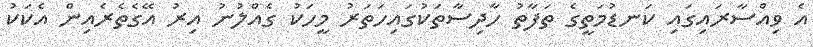
އެ ވިއްސާރައިގައި ކަނޑުމަތީގެ ތަފާތު ހާދިސާތަކުގައިހަތަރު މީހަކު ގެއްލުނު އިރު އޭގެތެރެއިން އެކަކު